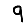
Digit: 9